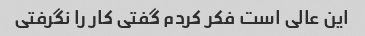
این عالی است فکر کردم گفتی کار را نگرفتی